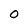
Character: O